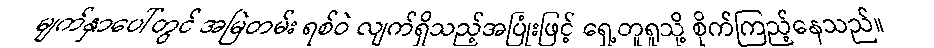
မျက်နှာပေါ်တွင် အမြဲတမ်း ရစ်ဝဲ လျက်ရှိသည့်အပြုံးဖြင့် ရှေ့တူရူသို့ စိုက်ကြည့်နေသည်။